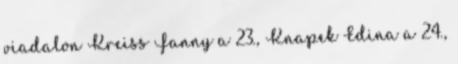
viadalon Kreiss Fanny a 23., Knapek Edina a 24.,